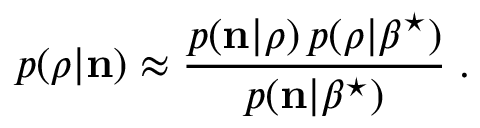
p ( \boldsymbol { \rho } | { \bf n } ) \approx \frac { p ( { \bf n } | \boldsymbol { \rho } ) \, { p } ( \boldsymbol { \rho } | \beta ^ { \star } ) } { p ( { \bf n } | \beta ^ { \star } ) } \; .